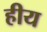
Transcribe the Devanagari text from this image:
हीय